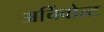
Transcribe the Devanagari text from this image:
अर्चिवोल्ट